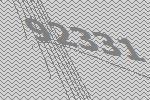
92331